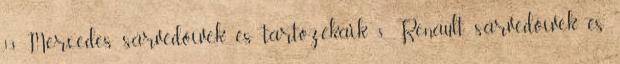
13 Mercedes sárvédőívek és tartozékaik 8 Renault sárvédőívek és